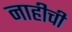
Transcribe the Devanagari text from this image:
नाहीची